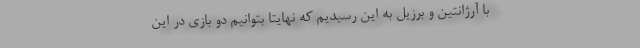
با آرژانتین و برزیل به این رسیدیم که نهایتا بتوانیم دو بازی در این